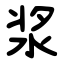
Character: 浆